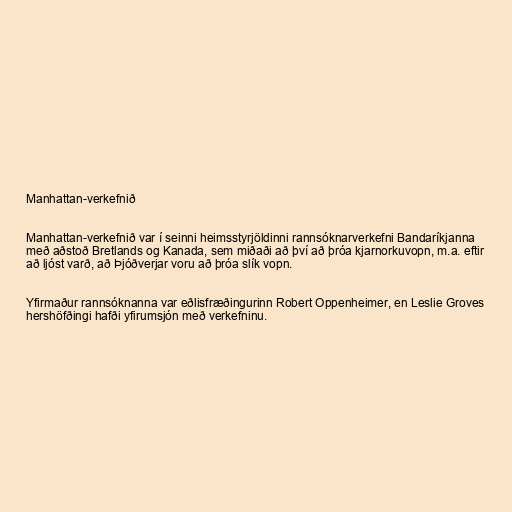
Manhattan-verkefnið

Manhattan-verkefnið var í seinni heimsstyrjöldinni rannsóknarverkefni Bandaríkjanna
með aðstoð Bretlands og Kanada, sem miðaði að því að þróa kjarnorkuvopn, m.a. eftir
að ljóst varð, að Þjóðverjar voru að þróa slík vopn.

Yfirmaður rannsóknanna var eðlisfræðingurinn Robert Oppenheimer, en Leslie Groves
hershöfðingi hafði yfirumsjón með verkefninu.